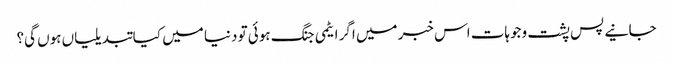
جانیے پس پشت وجوہات اس خبر میں اگر ایٹمی جنگ ہوئی تو دنیا میں کیا تبدیلیاں ہوں گی؟